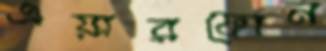
এয়ারফোন